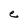
Character: e